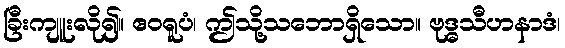
ခြီးကျူးလို၍။ ဧဝရူပံ၊ ဤသို့သဘောရှိသော။ ဗုဒ္ဓသီဟနာဒံ၊